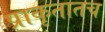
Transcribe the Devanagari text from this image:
प्राकृतातच